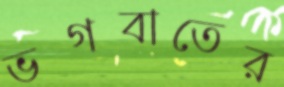
ভগবাতের